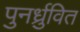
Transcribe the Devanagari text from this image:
पुनर्ध्रुवित